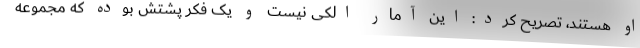
او هستند، تصریح کرد: این آمار الکی نیست و یک فکر پشتش بوده که مجموعه